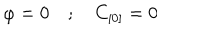
\varphi = 0 \quad ; \quad C _ { [ 0 ] } = 0